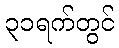
၃၁ရက်တွင်